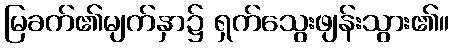
မြခက်၏မျက်နှာ၌ ရှက်သွေးဖျန်းသွား၏။